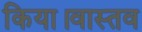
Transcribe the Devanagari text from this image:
किया।वास्तव